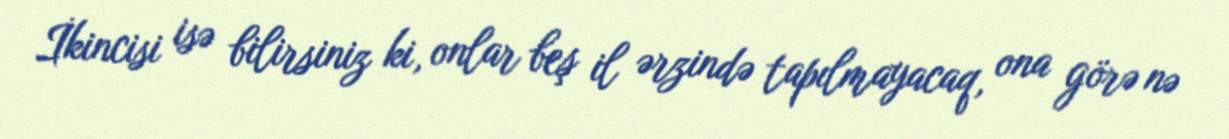
İkincisi isə bilirsiniz ki, onlar beş il ərzində tapılmayacaq, ona görə nə